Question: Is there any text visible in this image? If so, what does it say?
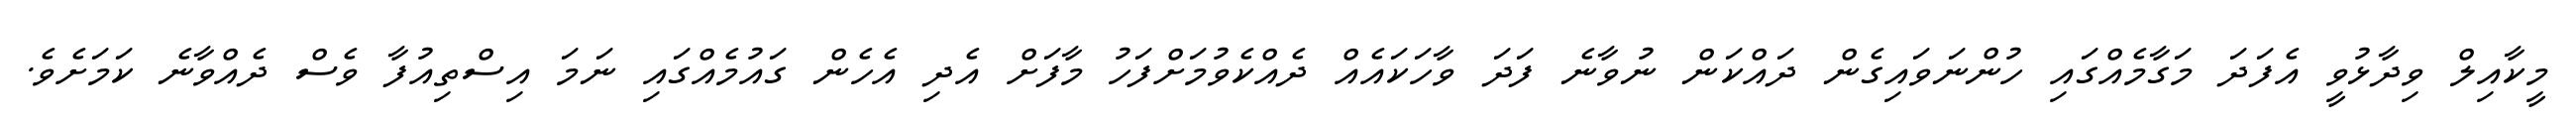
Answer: މީކާއިލް ވިދާޅުވީ އެފަދަ މަގާމެއްގައި ހުންނަވައިގެން ދައްކަން ނުވާނެ ފަދަ ވާހަކައެއް ދެއްކެވުމަށްފަހު މާފަށް އެދި އެހެން ގައުމެއްގައި ނަމަ އިސްތިއުފާ ވެސް ދެއްވާނެ ކަމަށެވެ.